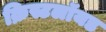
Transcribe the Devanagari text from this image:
क्रिस्टलॉयड